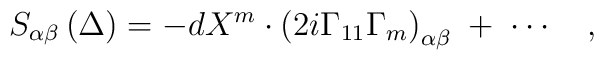
S_{\alpha \beta }\left( \Delta \right) =-dX^m\cdot \left(2i\Gamma _{11}\Gamma _m\right) _{\alpha \beta }\;+\;\cdots \quad ,